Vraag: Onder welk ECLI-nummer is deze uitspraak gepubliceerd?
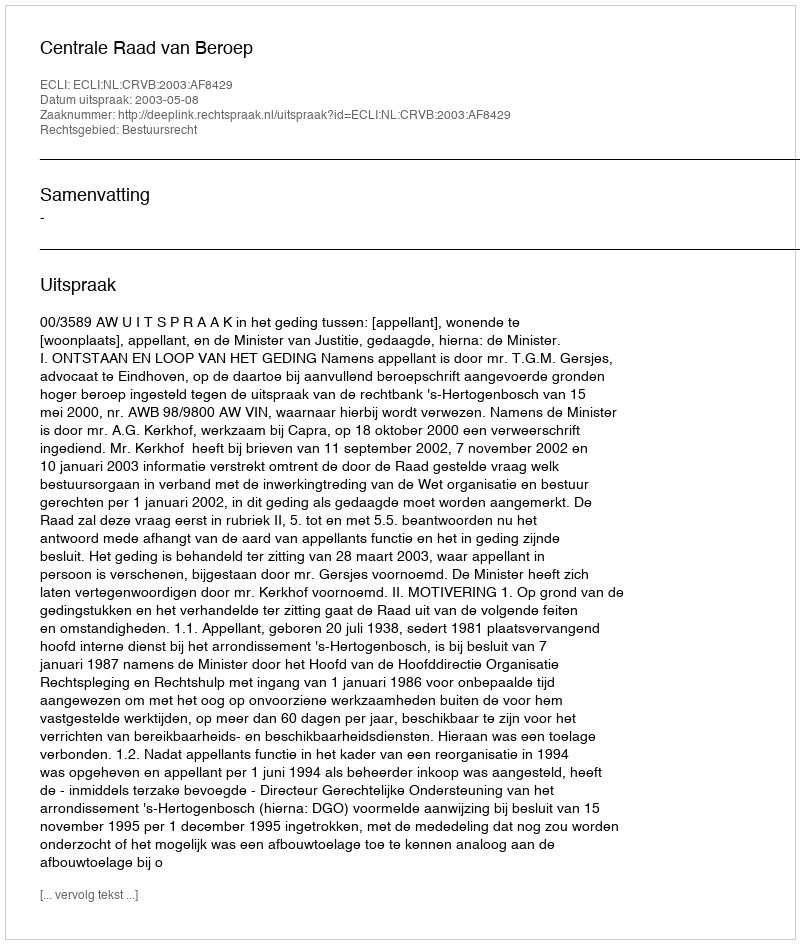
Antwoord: ECLI:NL:CRVB:2003:AF8429